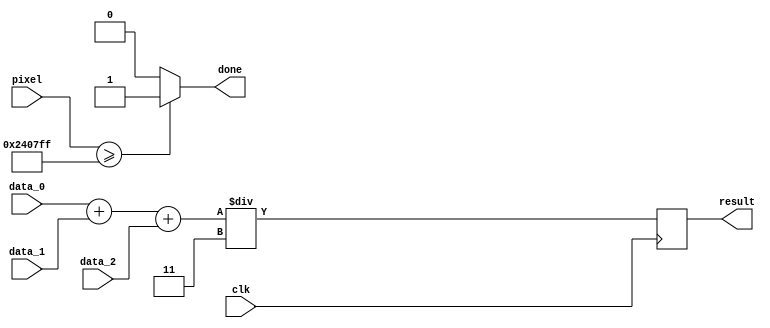
module RGB2G(
	input clk,
	input signed[31:0]pixel,
	input [7:0] data_0, data_1, data_2,
	output done,
	output reg[7:0]result);

  parameter row = 2048, col = 1153;
  reg	[7:0]val;
  always@(posedge clk)
  begin
    val = data_0 + data_1 + data_2;
    result = val / 8'h03;
  end
  assign done = (pixel >= row*col-1)?1:0;
endmodule